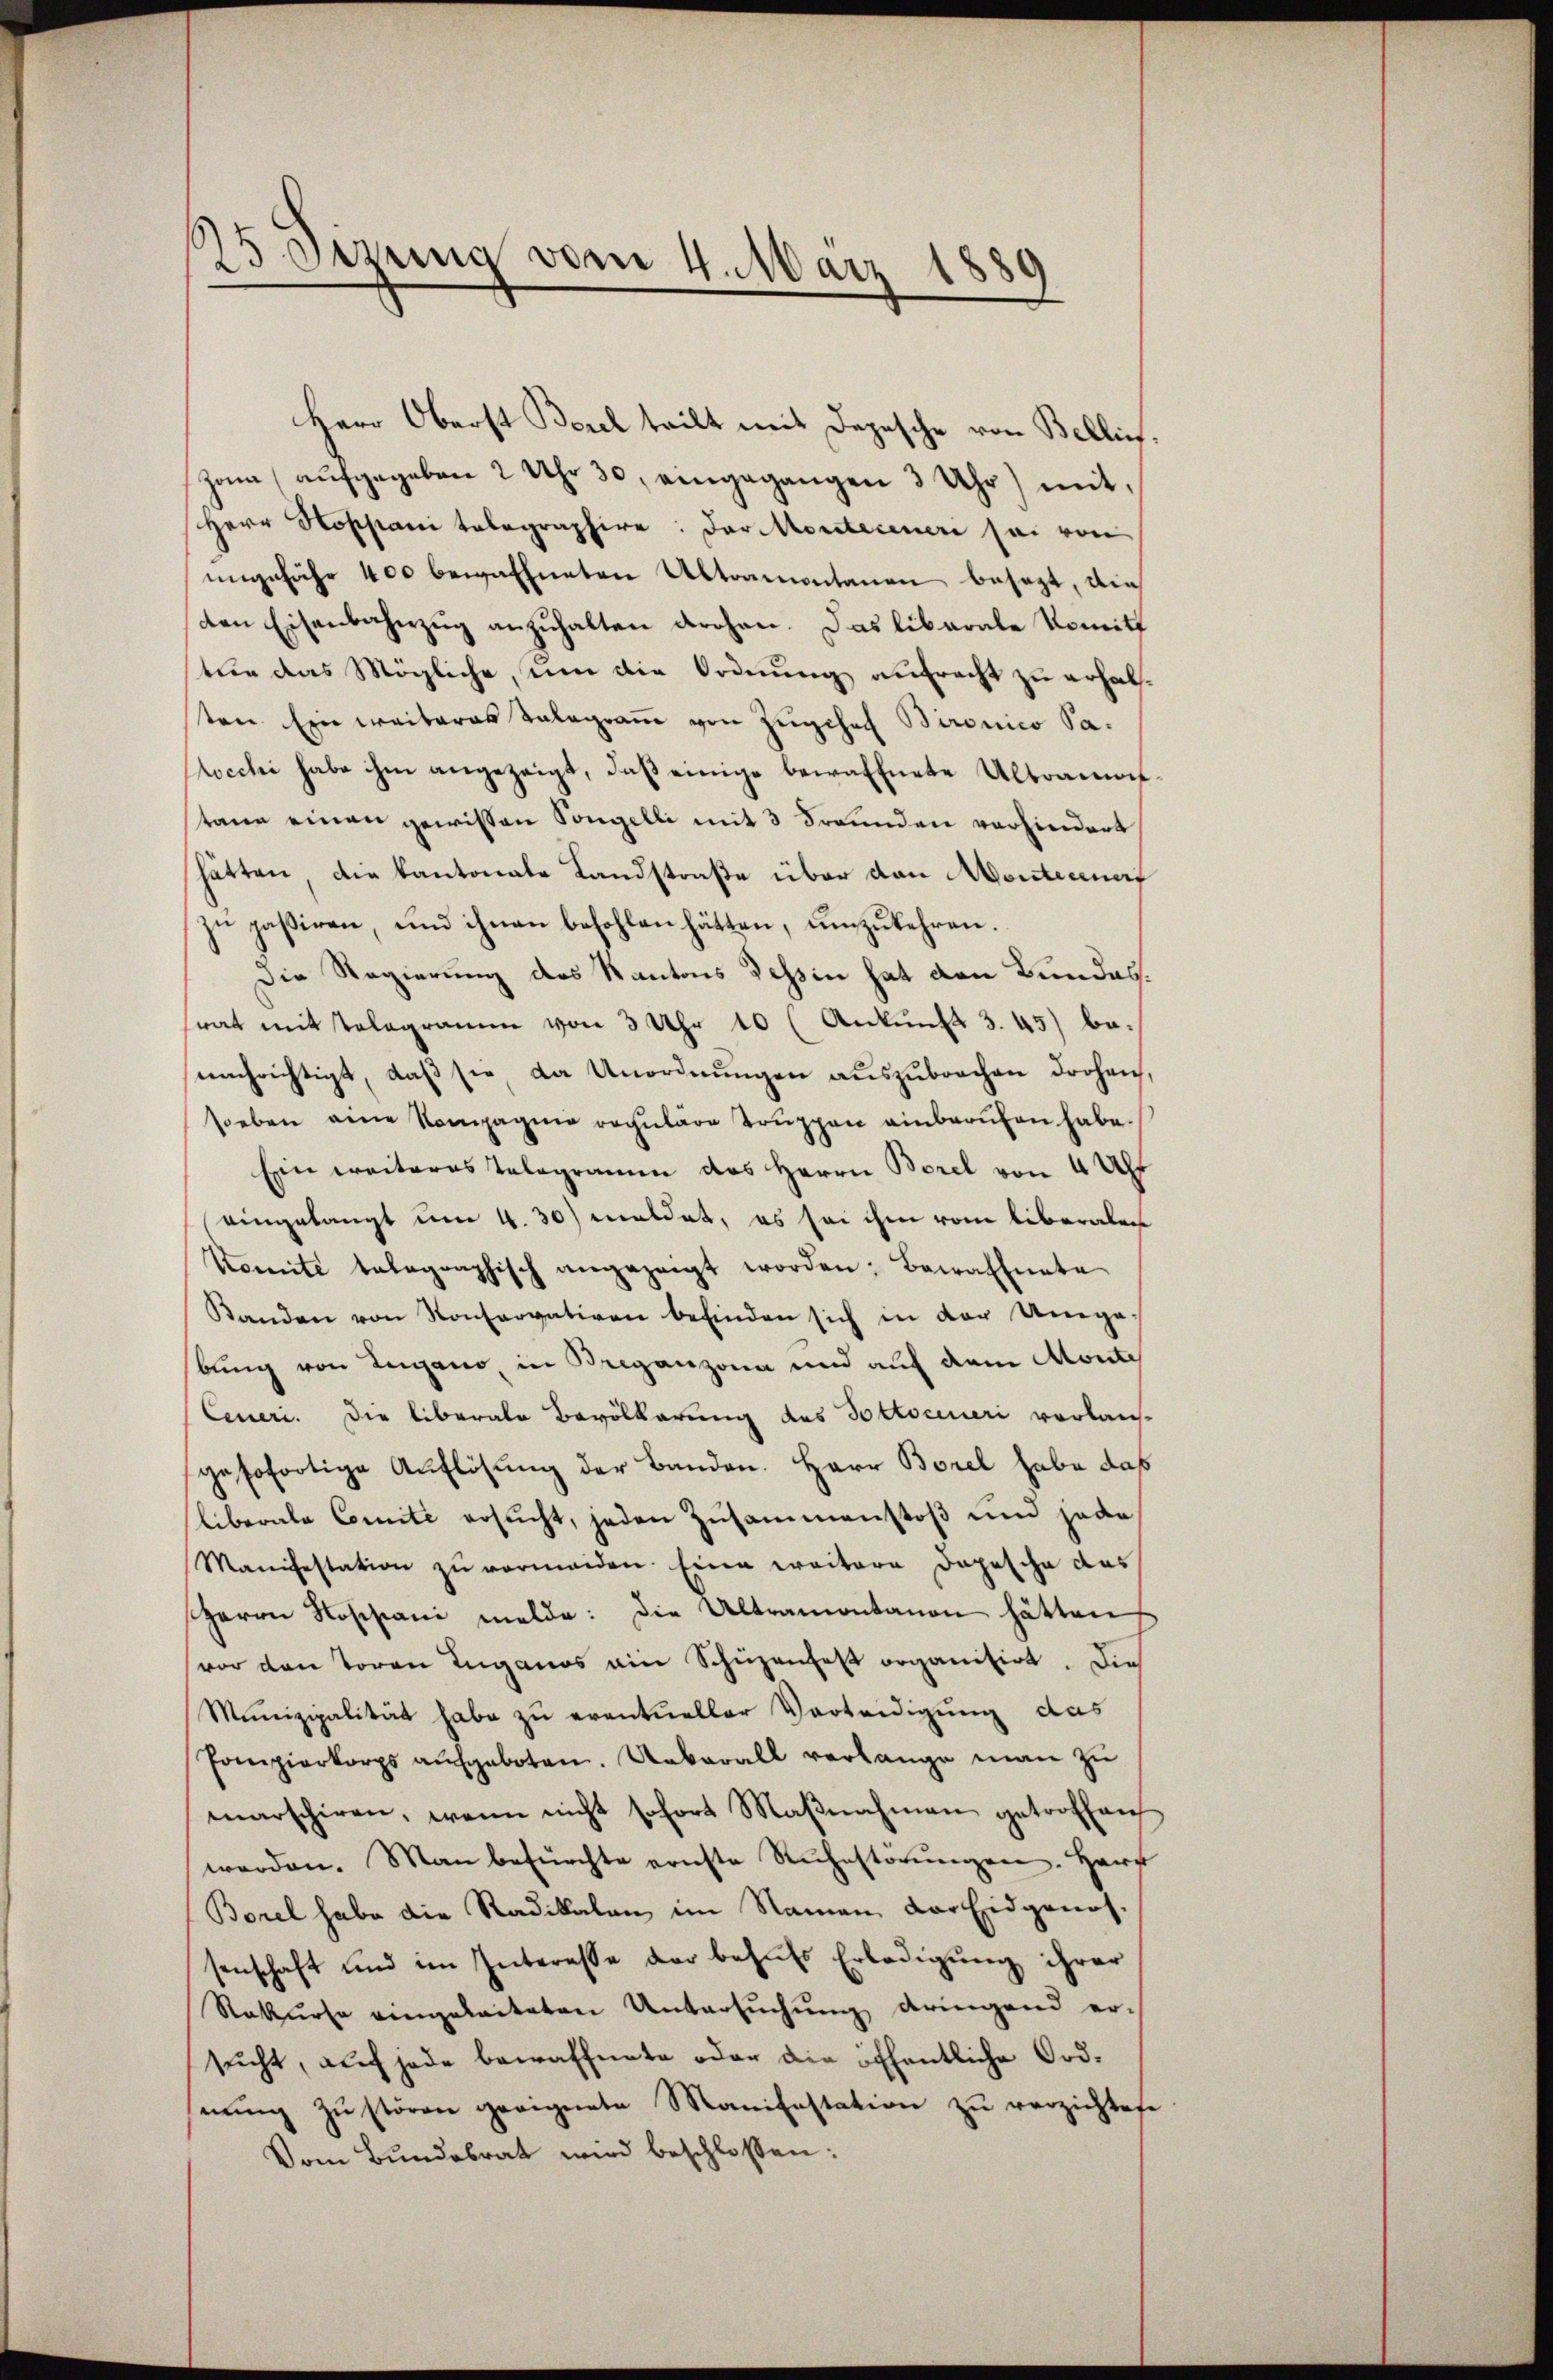
25 Sezung vom 4. März 1889

Herr Oberst Bezel teilt mit Depesche von Bellin.
Jona aŭfgegeben 2 Uhr 30. eingegangen 3 Uhr) mit
Herr Hoppani telegraphire: Der Moriterener sei von
ungefähr 400 bewaffneten Altramontanen besezt, die
ten Eisenbahnzug anzuhalten drohen. Das liberale Komitt
tur das Mögliche, in die Ordnung aufrecht zu erhalten. Ein weiteres Talograṁ von Zŭgchef Bironico Sa-
Locchi habe ihm angezeigt, daβ einige bewaffnete Altramon
tane einen gewissen Tongelli mit 3 Freunden vorhindert
hätten, die Kantonale Landstraße über dan Monteciner
zu paßiren, und ihnen befohlen hätten, umzukehren.
Die Regierung des Kantons Tessin hat den Bundes.
srat mit Telegramm von 3 Uhr 10 (Ankunft 3. 45) be-
nachrichtigt, daß sie da Unordnungen auszubrachen drohen,
soeben eine Kompagnie rechŭlare Trŭppen einbarŭfen habe.
Ein weiteres Telegramm das Herrn Borel von 4 Uh
eingelangt um 4. 30) meldet, es sei ihm vom liberalen
Komité telegraphisch angezeigt worden; Bewaffnete
Randen von Konservativen befinden sich in der Ungebung von Lugano, in Breganzona und auf dem Monte
Ceneri. Die liberale Bevölkerung des Pottociueri vorlauf-
gesofortige Auflösung der Banden. Herr Borel habe das
liberale Comite ersucht, jeden Zusammenstoß und jede
Manifestation zŭ vermeiden. Eine weitere Dopesche das
Herrn Nossiani melde: Die Altramontanon hätten,
vor den Toren Luganos ein Schüzenfest organisirt. Die
Munizipalität habe zu eventueller Verteidigung das
Pompierkorps aufgeboten. Ueberall verlange man zu
marschiren, wenn nicht sofort Maβnahmen getroffen
werden. Man befürchte ernste Rŭhestörŭngen. Harf
Borel habe die Radikalen im Namen der Eidgenos-
senschaft und im Interesse der behufs Erledigung ihrer
Rekurse eingeleiteten Untersuchung dringend ersucht, auf jede bewaffnete oder die öffentliche Ordnŭng Zŭstören geeignete Manifestation zŭ verzichtete
Vom Bŭndebrat wird beschlossen: